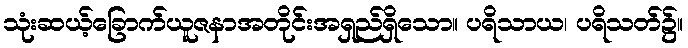
သုံးဆယ့်ခြောက်ယူဇနာအတိုင်းအရှည်ရှိသော။ ပရိသာယ၊ ပရိသတ်၌။